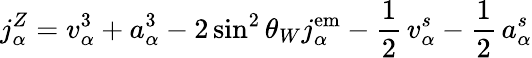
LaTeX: j_{\alpha}^{Z}=v_{\alpha}^{3}+a_{\alpha}^{3}-2\sin^{2}\theta_{W}j_{\alpha}^{\mathrm{em}}-{\frac{\displaystyle 1}{\displaystyle 2}}\, v_{\alpha}^{s}-{\frac{\displaystyle 1}{\displaystyle 2}}\, a_{\alpha}^{s}